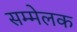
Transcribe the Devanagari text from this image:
सम्मेलक